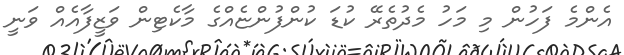
އެންމެ ފަހުން މި މަހު މެދުތެރޭ ކުޑަ ކުންފުންޏެއްގެ މާކެޓިން ވަޒީފާއެއް ވަނީ